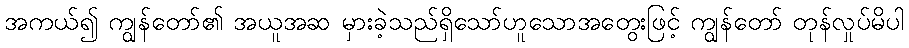
အကယ်၍ ကျွန်တော်၏ အယူအဆ မှားခဲ့သည်ရှိသော်ဟူသောအတွေးဖြင့် ကျွန်တော် တုန်လှုပ်မိပါ